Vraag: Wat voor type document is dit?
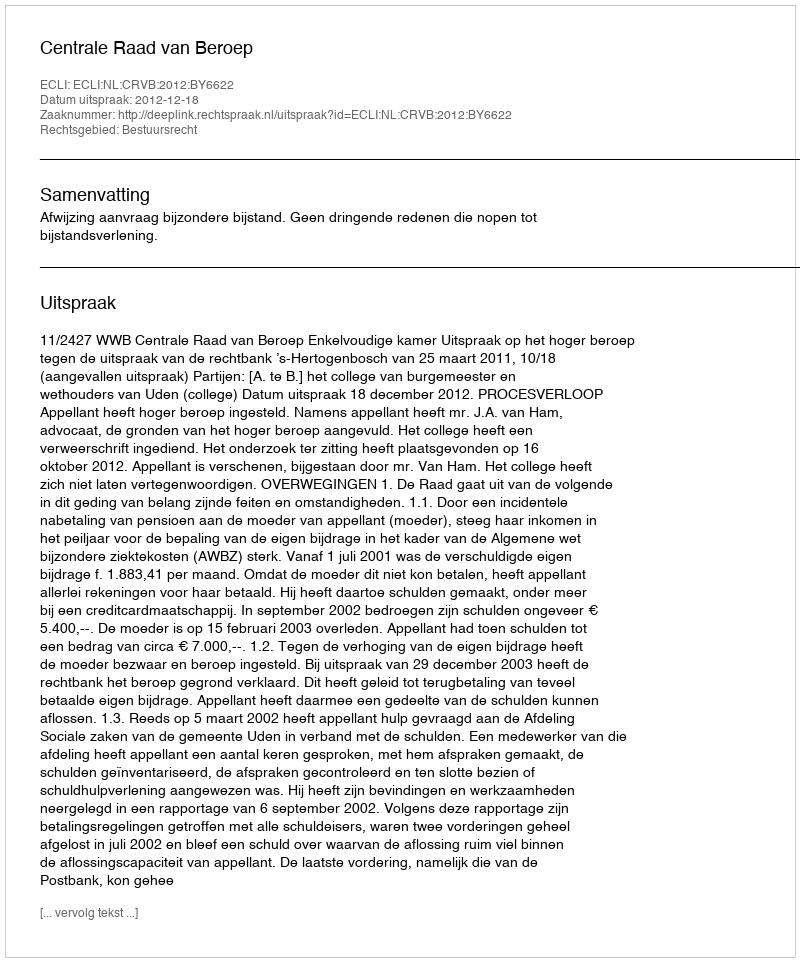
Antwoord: Uitspraak